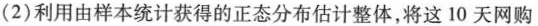
(2)利用由样本统计获得的正态分布估计整体，将这10天网购